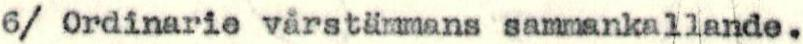
6/ Ordinarie vårstämmans sammankallande.